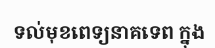
ទល់មុខពេទ្យនាគទេព ក្នុង